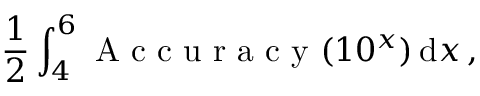
\frac { 1 } { 2 } \int _ { 4 } ^ { 6 } \mathrm { ~ A ~ c ~ c ~ u ~ r ~ a ~ c ~ y ~ } ( 1 0 ^ { x } ) \, \mathrm { d } x \, ,